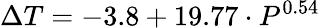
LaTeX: \Delta T=-3.8+19.77\cdot P^{0.54}